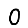
Digit: 0